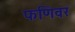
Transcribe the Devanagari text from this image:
फणिवर